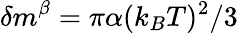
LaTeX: \delta m^{\beta}=\pi\alpha(k_{B}T)^{2}/3